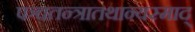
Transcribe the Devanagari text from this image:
पञ्चतन्त्रातथान्यस्माद्